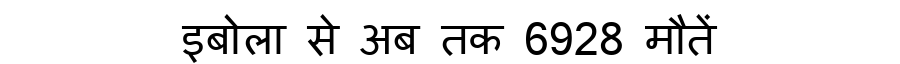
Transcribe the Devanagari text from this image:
इबोला से अब तक 6928 मौतें